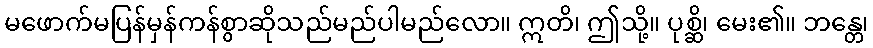
မဖောက်မပြန်မှန်ကန်စွာဆိုသည်မည်ပါမည်လော။ ဣတိ၊ ဤသို့။ ပုစ္ဆိ၊ မေး၏။ ဘန္တေ၊